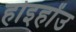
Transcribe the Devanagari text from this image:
होइहोंउ